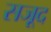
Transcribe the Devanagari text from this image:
सजूद